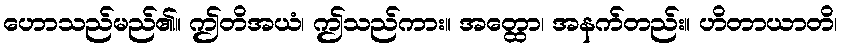
ဟောသည်မည်၏။ ဤတိအယံ၊ ဤသည်ကား။ အတ္ထော၊ အနက်တည်း။ ဟိတာယာတိ၊